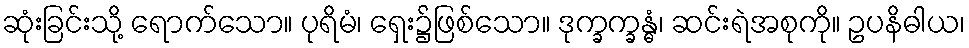
ဆုံးခြင်းသို့ ရောက်သော။ ပုရိမံ၊ ရှေး၌ဖြစ်သော။ ဒုက္ခက္ခန္ဓံ၊ ဆင်းရဲအစုကို။ ဥပနိဓါယ၊